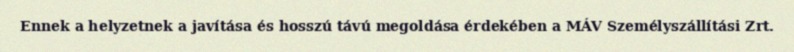
Ennek a helyzetnek a javítása és hosszú távú megoldása érdekében a MÁV Személyszállítási Zrt.